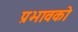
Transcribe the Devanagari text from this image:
प्रभावको